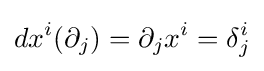
dx^{i}(\partial _{j})=\partial _{j}x^{i}=\delta _{j}^{i}